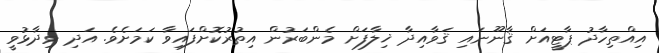
އިއްތިހާދު ޕާޓީއަށް ޤާނޫނައި ޤަވާއިދާ ޚިލާފަށް މެންބަރުން އިތުރުކޮށްފައިވާ ކަމަށެވެ. އަދި ވިދާޅުވީ